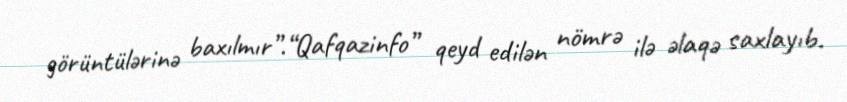
görüntülərinə baxılmır”.“Qafqazinfo” qeyd edilən nömrə ilə əlaqə saxlayıb.